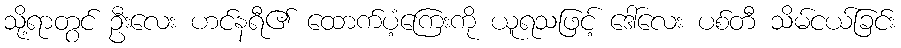
သို့ရာတွင် ဦးလေး ဟင်နရီ၏ ထောက်ပံ့ကြေးကို ယူရသဖြင့် ဒေါ်လေး ပစ်တီ သိမ်ငယ်ခြင်း